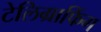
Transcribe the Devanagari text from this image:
टेलिग्राफिंग